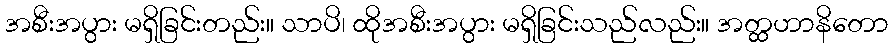
အစီးအပွား မရှိခြင်းတည်း။ သာပိ၊ ထိုအစီးအပွား မရှိခြင်းသည်လည်း။ အတ္ထဟာနိတော